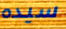
سيده